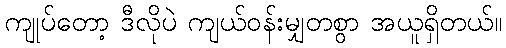
ကျုပ်တော့ ဒီလိုပဲ ကျယ်ဝန်းမျှတစွာ အယူရှိတယ်။